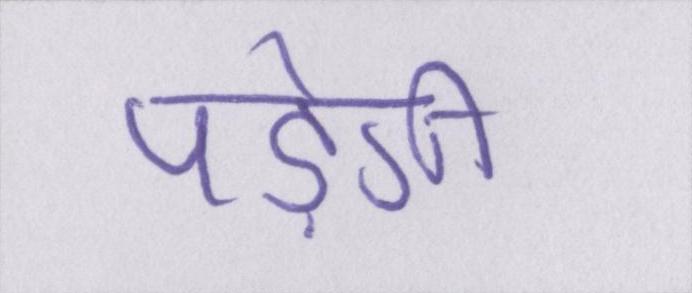
पड़ेगी